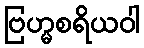
ဗြဟ္မစရိယဝါ